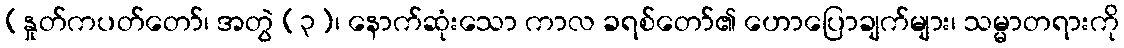
(နှုတ်ကပတ်တော်၊ အတွဲ (၃)၊ နောက်ဆုံးသော ကာလ ခရစ်တော်၏ ဟောပြောချက်များ၊ သမ္မာတရားကို